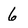
Character: 6